Jaan_Tonisson_(Lasteleht), lk 372
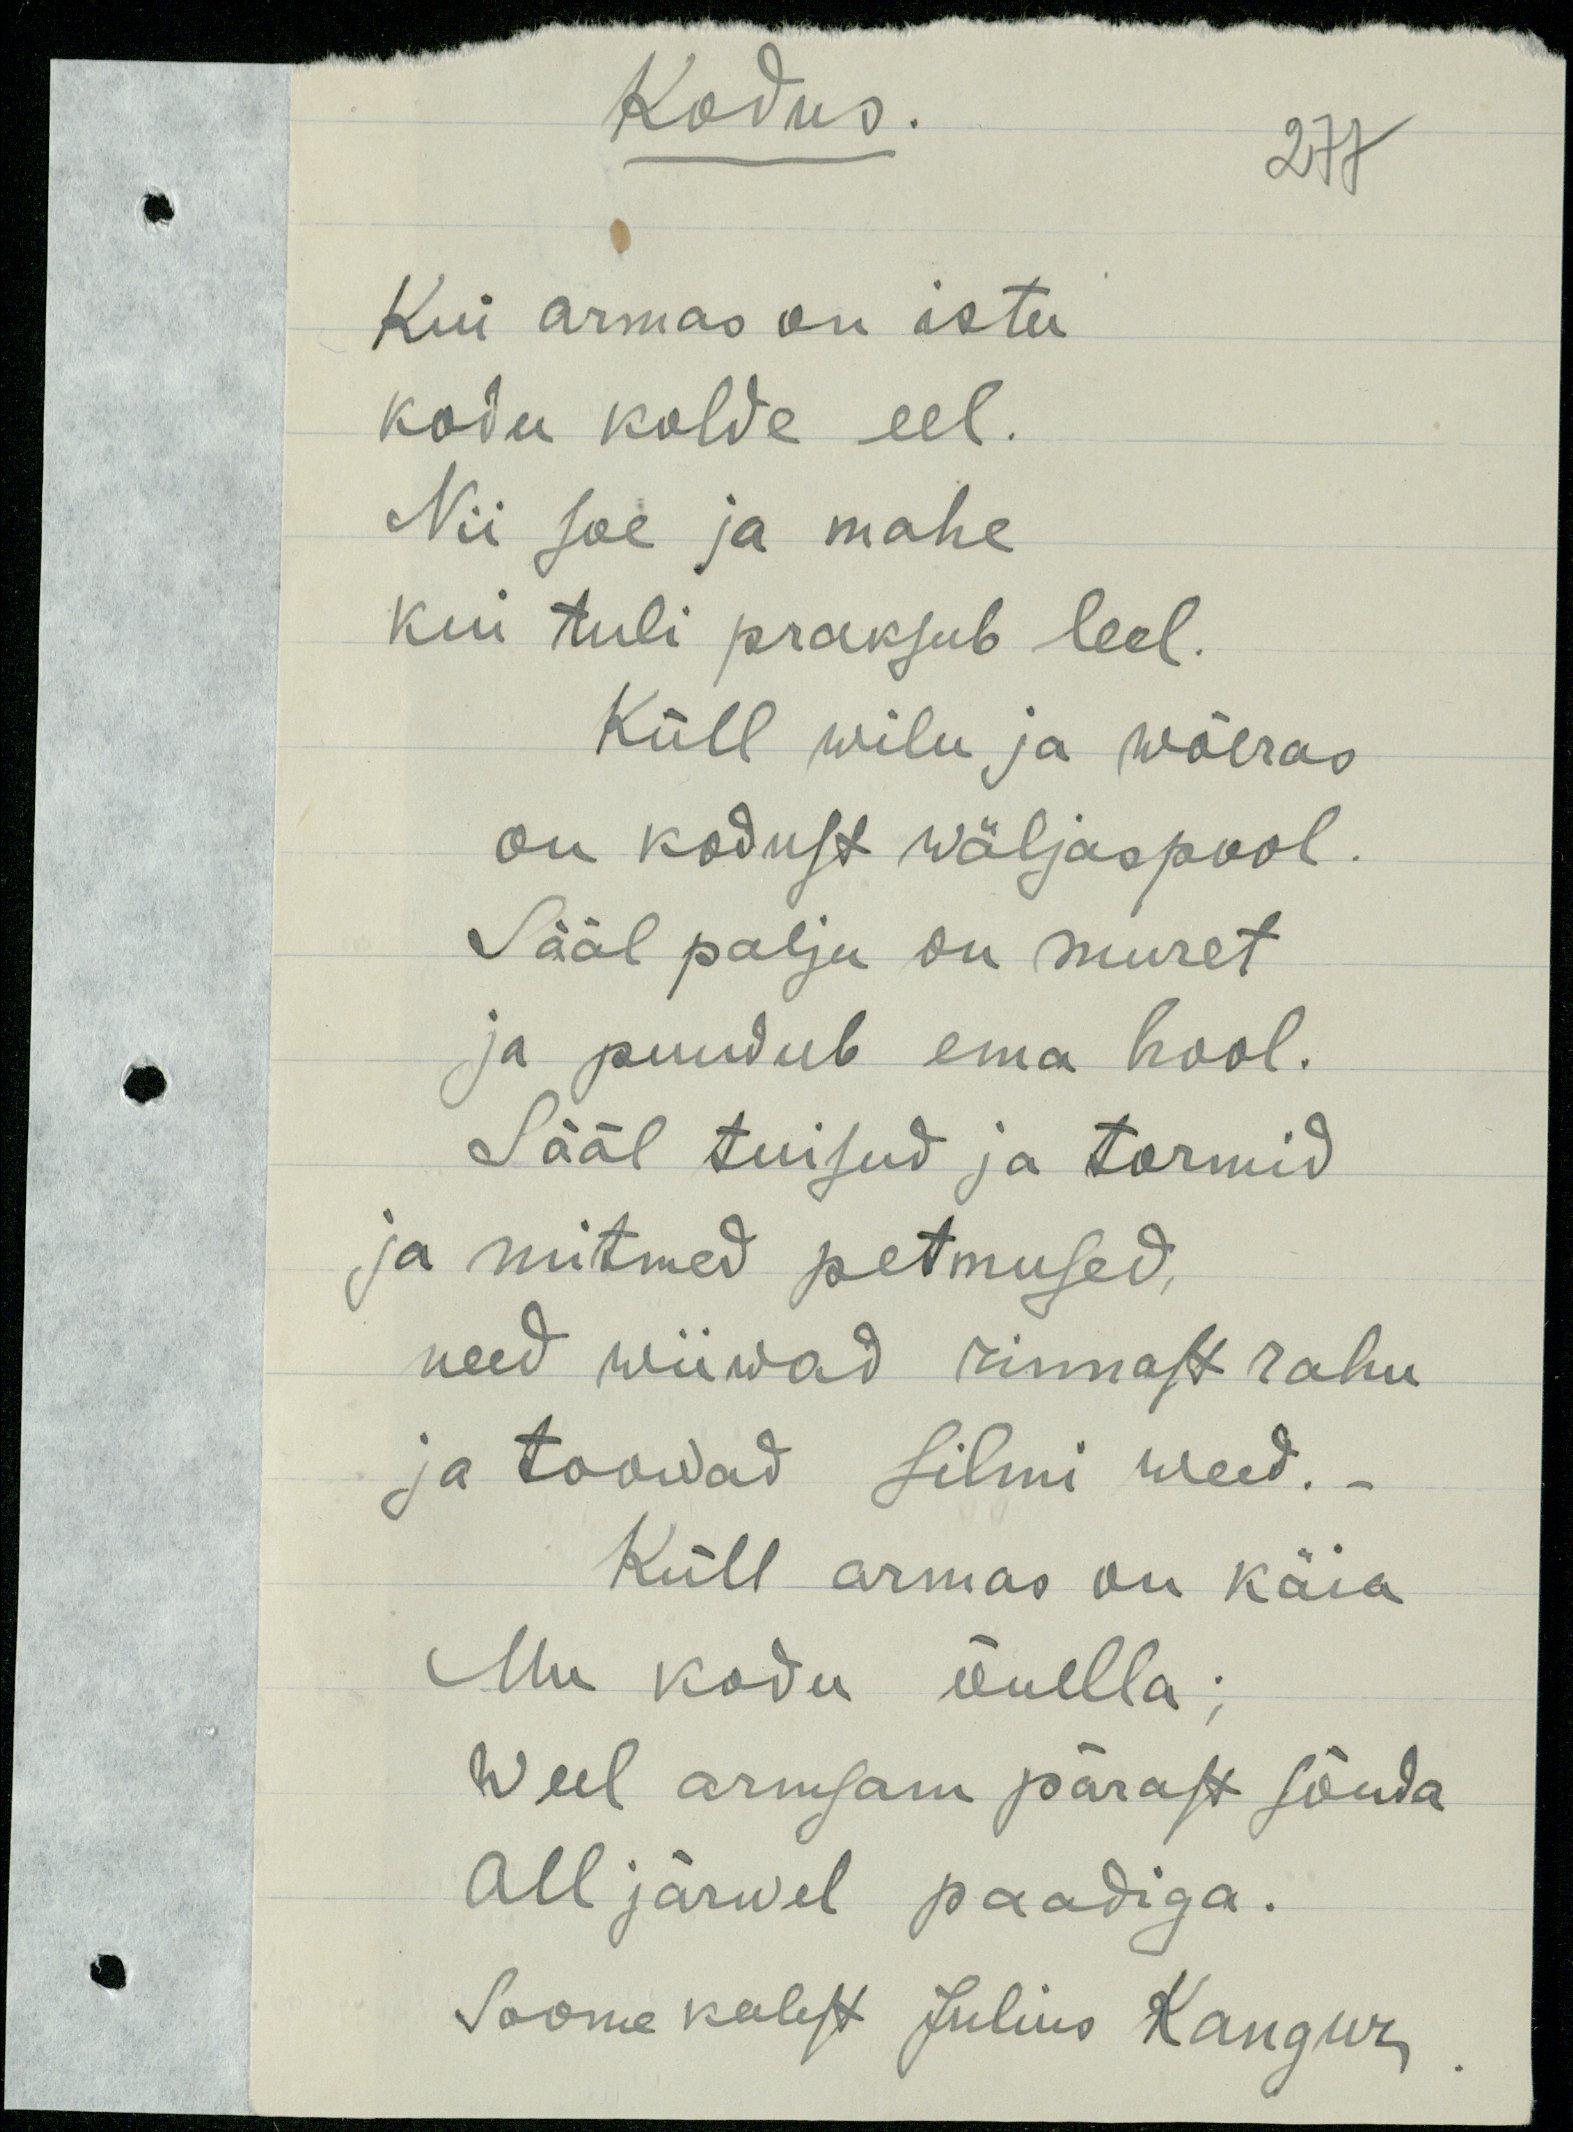
Kodus!
277
Kui armas on istu.
kodu kolde eel.
Nii soe ja mahe
kui tuli praksub leel.
Küll wilu ja wõeras
on kodust wäljaspool.
Sääl palju on muret
ja puudub ema hool.
Sääl tuisud ja tormid
ja mitmed petmused,
need wiiwad rinnast rahu
ja toowad silmi weed. -
Küll armas on käia
Mu kodu õuella;
Weel armsam pärast sõuda
All järwel paadiga.
Soome keelest Julius Kangur